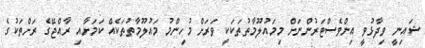
ޝައިނީ ވިދާޅުވީ އިންވެސްޓަރުންނަށް މިމައުލޫމާތުތަކަކީ ވަރަށް މުހިންމު މައުލޫމާތުތަކެއް ކަމަށާއި ރާއްޖޭގެ ރަށްތަކުގެ